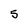
Character: 5